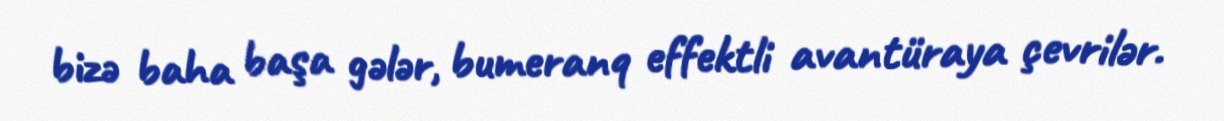
bizə baha başa gələr, bumeranq effektli avantüraya çevrilər.